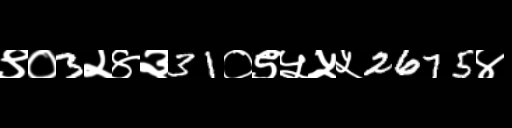
Text: ९०3२४३31०९५५५2675४